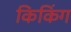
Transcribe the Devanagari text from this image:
किकिंग